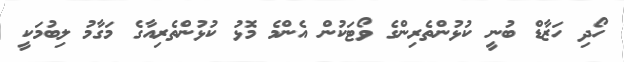
ހޯދި ހަޒާޑް ބުނީ ކުޅުންތެރިންގެ ވޯޓަކުން އެންމެ މޮޅު ކުޅުންތެރިއާގެ މަގާމު ލިބުމަކީ